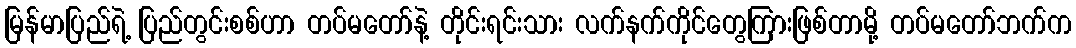
မြန်မာပြည်ရဲ့ ပြည်တွင်းစစ်ဟာ တပ်မတော်နဲ့ တိုင်းရင်းသား လက်နက်ကိုင်တွေကြားဖြစ်တာမို့ တပ်မတော်ဘက်က